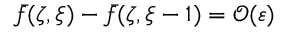
\bar { f } ( \zeta , \xi ) - \bar { f } ( \zeta , \xi - 1 ) = \mathcal O ( \varepsilon )